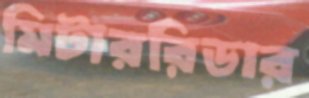
মিটাররিডার